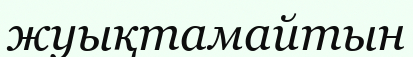
жуықтамайтын